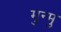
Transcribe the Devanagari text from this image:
मुन्मु